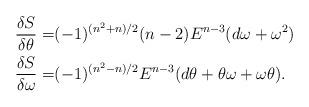
LaTeX: \begin{align*}\frac{\delta S}{\delta \theta} =&(-1)^{(n^2+n)/2}(n-2)E^{n-3}(d\omega+\omega^2)\\\frac{\delta S}{\delta \omega}=& (-1)^{(n^2-n)/2}E^{n-3}(d\theta+\theta\omega+\omega\theta).\end{align*}